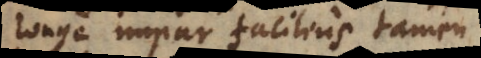
longe impar facilius tamen